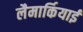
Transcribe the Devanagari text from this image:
लैमार्कियाई